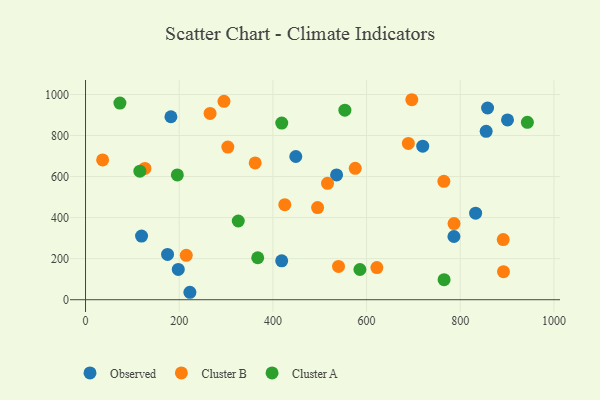
{"axis": {"x": "Distance", "y": "Fuel Efficiency"}, "legend": ["Cluster A", "Cluster B", "Observed"], "data": [{"x": "222.8", "y": 36.3, "type": "Observed"}, {"x": "198.0", "y": 147.7, "type": "Observed"}, {"x": "418.8", "y": 189.7, "type": "Observed"}, {"x": "536.0", "y": 607.9, "type": "Observed"}, {"x": "786.5", "y": 308.0, "type": "Observed"}, {"x": "182.3", "y": 891.5, "type": "Observed"}, {"x": "175.1", "y": 220.7, "type": "Observed"}, {"x": "448.9", "y": 697.9, "type": "Observed"}, {"x": "719.9", "y": 748.3, "type": "Observed"}, {"x": "858.3", "y": 934.0, "type": "Observed"}, {"x": "832.8", "y": 421.9, "type": "Observed"}, {"x": "855.3", "y": 820.3, "type": "Observed"}, {"x": "119.6", "y": 310.1, "type": "Observed"}, {"x": "900.9", "y": 875.9, "type": "Observed"}, {"x": "362.2", "y": 666.7, "type": "Cluster B"}, {"x": "36.5", "y": 681.1, "type": "Cluster B"}, {"x": "689.2", "y": 761.5, "type": "Cluster B"}, {"x": "303.8", "y": 743.5, "type": "Cluster B"}, {"x": "295.6", "y": 966.7, "type": "Cluster B"}, {"x": "126.8", "y": 639.7, "type": "Cluster B"}, {"x": "622.0", "y": 156.4, "type": "Cluster B"}, {"x": "265.9", "y": 907.6, "type": "Cluster B"}, {"x": "696.6", "y": 974.4, "type": "Cluster B"}, {"x": "892.3", "y": 136.7, "type": "Cluster B"}, {"x": "215.1", "y": 216.5, "type": "Cluster B"}, {"x": "786.7", "y": 371.2, "type": "Cluster B"}, {"x": "765.0", "y": 576.8, "type": "Cluster B"}, {"x": "891.7", "y": 293.2, "type": "Cluster B"}, {"x": "575.8", "y": 640.3, "type": "Cluster B"}, {"x": "425.4", "y": 463.3, "type": "Cluster B"}, {"x": "516.6", "y": 567.1, "type": "Cluster B"}, {"x": "495.4", "y": 448.9, "type": "Cluster B"}, {"x": "540.1", "y": 162.4, "type": "Cluster B"}, {"x": "418.9", "y": 860.8, "type": "Cluster A"}, {"x": "553.7", "y": 923.5, "type": "Cluster A"}, {"x": "367.6", "y": 204.4, "type": "Cluster A"}, {"x": "326.1", "y": 383.5, "type": "Cluster A"}, {"x": "73.4", "y": 958.1, "type": "Cluster A"}, {"x": "585.8", "y": 147.3, "type": "Cluster A"}, {"x": "116.0", "y": 626.5, "type": "Cluster A"}, {"x": "765.5", "y": 97.6, "type": "Cluster A"}, {"x": "943.3", "y": 864.4, "type": "Cluster A"}, {"x": "196.0", "y": 607.8, "type": "Cluster A"}]}